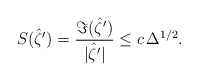
\begin{align*} S( \hat \zeta') = \frac{\Im(\hat \zeta') }{|\hat \zeta'|} \leq c \, \Delta^{1/2}. \end{align*}